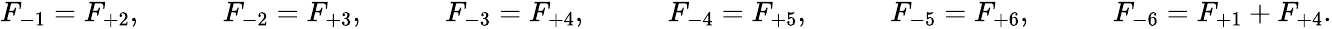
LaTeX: \begin{array}{rlrlrlrlrlr}{F_{-1}=F_{+2},}&{{}\quad}&{F_{-2}=F_{+3},}&{{}\quad}&{F_{-3}=F_{+4},}&{{}\quad}&{F_{-4}=F_{+5},}&{{}\quad}&{F_{-5}=F_{+6},}&{{}\quad}&{F_{-6}=F_{+1}+F_{+4}.}\end{array}